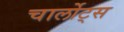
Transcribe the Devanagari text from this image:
चार्लोट्स